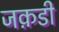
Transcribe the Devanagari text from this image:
जक़डी